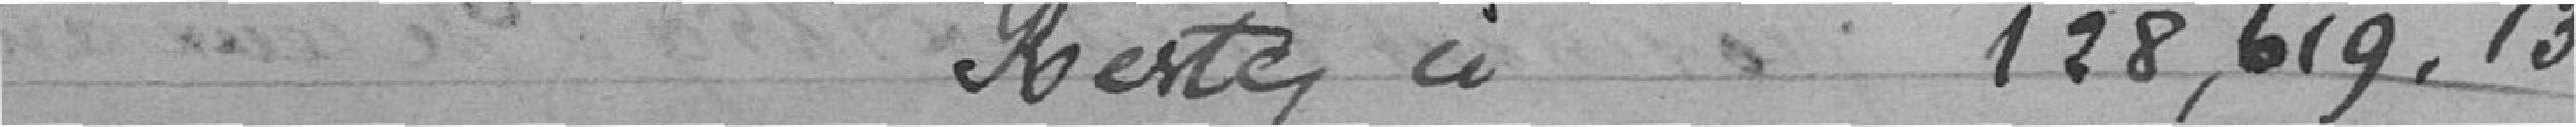
Reste ci :   128.619,13